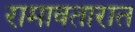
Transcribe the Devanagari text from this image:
रामावतारात